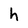
Character: h